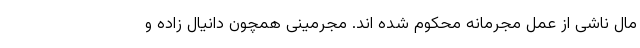
مال ناشی از عمل مجرمانه محکوم شده اند. مجرمینی همچون دانیال زاده و